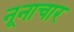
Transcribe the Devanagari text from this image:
नूनाचार